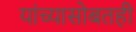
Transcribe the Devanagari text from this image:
यांच्यासोबतही